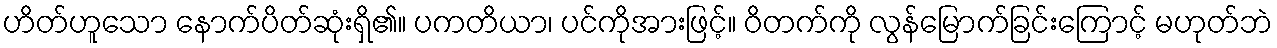
ဟိတ်ဟူသော နောက်ပိတ်ဆုံးရှိ၏။ ပကတိယာ၊ ပင်ကိုအားဖြင့်။ ဝိတက်ကို လွန်မြောက်ခြင်းကြောင့် မဟုတ်ဘဲ